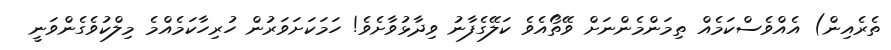
ތެރެއިން) އެއްވެސްކަމެއް ތިމަންމެންނަށް ވޭތޯއެވެ ކަލޭގެފާނު ވިދާޅުވާށެވެ! ހަމަކަށަވަރުން ހުރިހާކަމެއްމެ މިލްކުވެގެންވަނީ